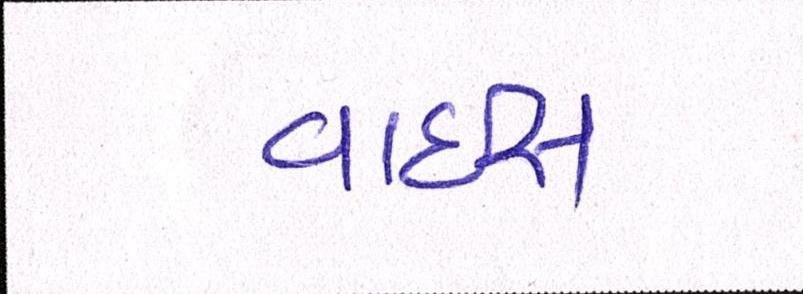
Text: વાઈસ